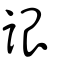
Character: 詪